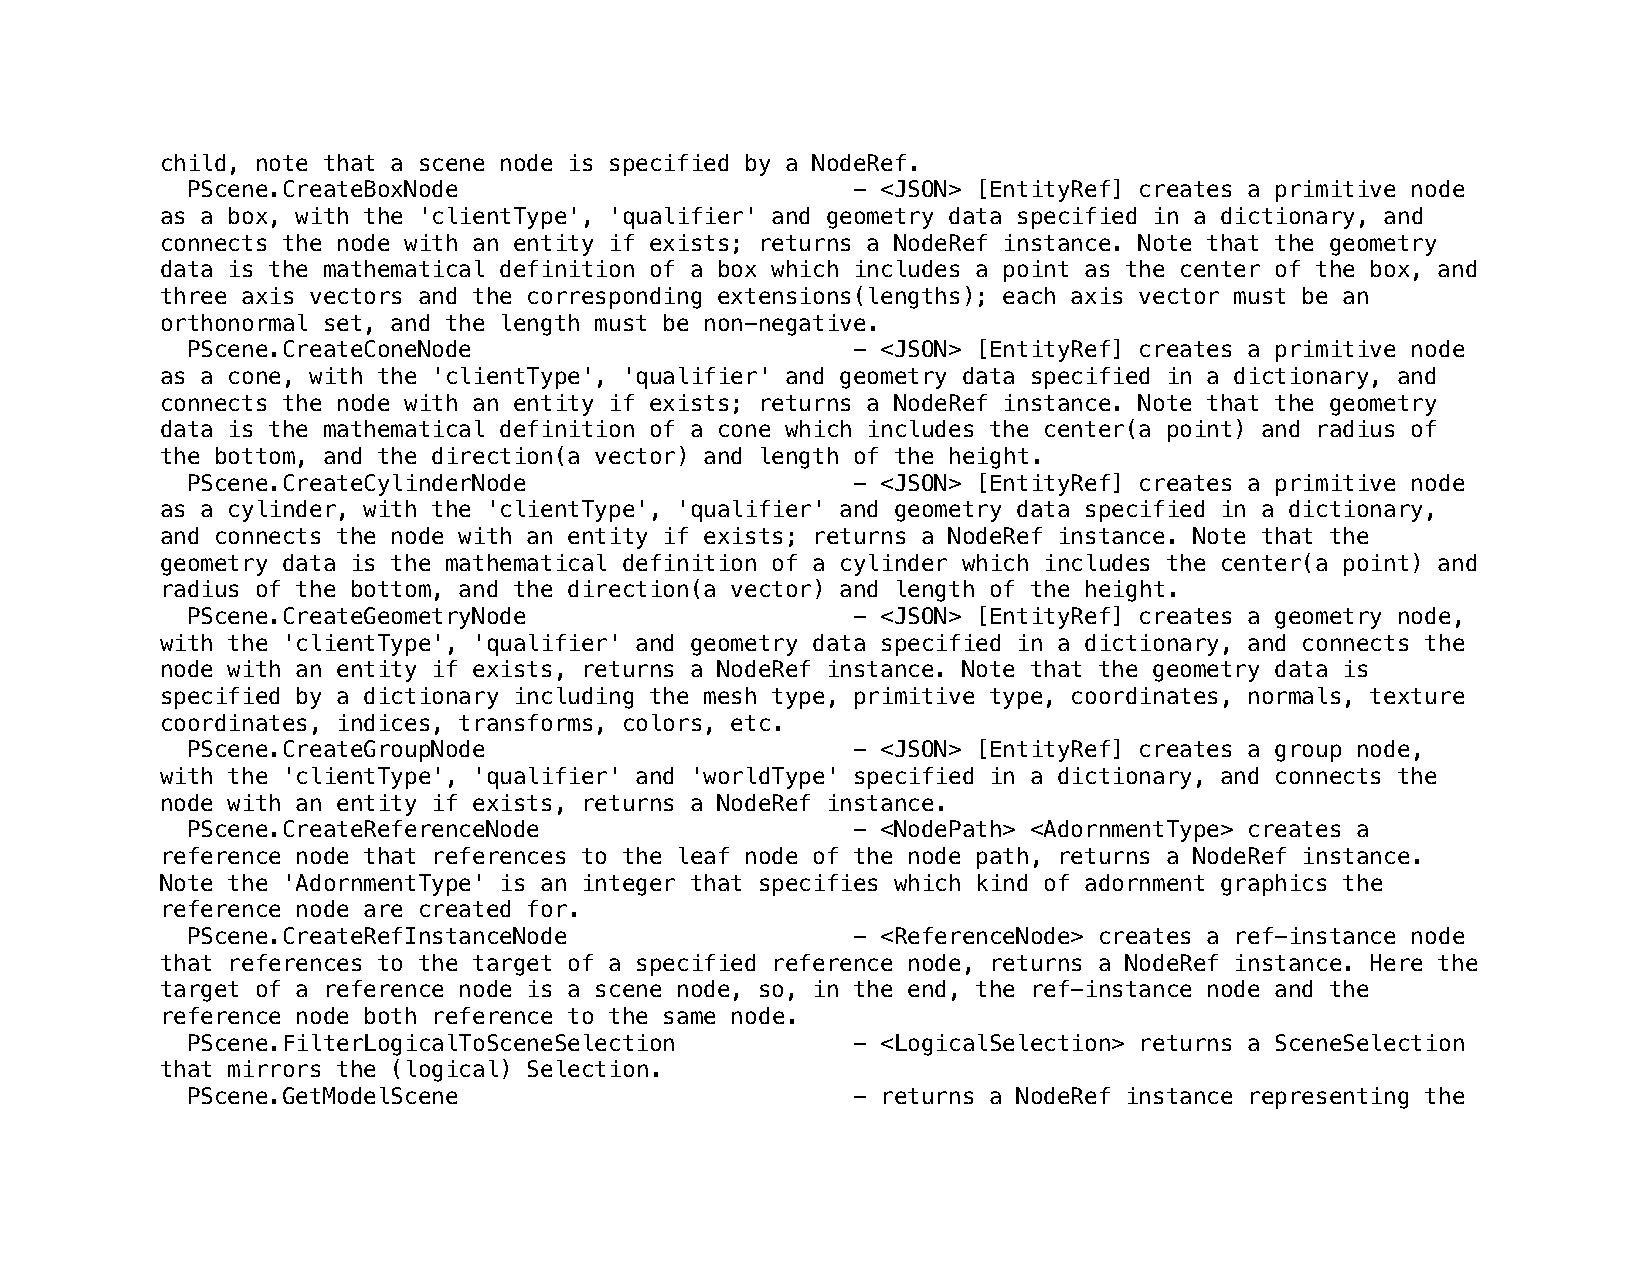
child, note that a scene node is specified by a NodeRef.
 PScene.CreateBoxNode                        - <JSON> [EntityRef] creates a primitive node
 as a box, with the 'clientType', 'qualifier' and geometry data specified in a dictionary, and
 connects the node with an entity if exists; returns a NodeRef instance. Note that the geometry
 data is the mathematical definition of a box which includes a point as the center of the box, and
 three axis vectors and the corresponding extensions(lengths); each axis vector must be an
 orthonormal set, and the length must be non-negative.
 PScene.CreateConeNode                       - <JSON> [EntityRef] creates a primitive node
 as a cone, with the 'clientType', 'qualifier' and geometry data specified in a dictionary, and
 connects the node with an entity if exists; returns a NodeRef instance. Note that the geometry
 data is the mathematical definition of a cone which includes the center(a point) and radius of
 the bottom, and the direction(a vector) and length of the height.
 PScene.CreateCylinderNode                   - <JSON> [EntityRef] creates a primitive node
 as a cylinder, with the 'clientType', 'qualifier' and geometry data specified in a dictionary,
 and connects the node with an entity if exists; returns a NodeRef instance. Note that the
 geometry data is the mathematical definition of a cylinder which includes the center(a point) and
 radius of the bottom, and the direction(a vector) and length of the height.
 PScene.CreateGeometryNode                   - <JSON> [EntityRef] creates a geometry node,
 with the 'clientType', 'qualifier' and geometry data specified in a dictionary, and connects the
 node with an entity if exists, returns a NodeRef instance. Note that the geometry data is
 specified by a dictionary including the mesh type, primitive type, coordinates, normals, texture
 coordinates, indices, transforms, colors, etc.
 PScene.CreateGroupNode                      - <JSON> [EntityRef] creates a group node,
 with the 'clientType', 'qualifier' and 'worldType' specified in a dictionary, and connects the
 node with an entity if exists, returns a NodeRef instance.
 PScene.CreateReferenceNode                  - <NodePath> <AdornmentType> creates a
 reference node that references to the leaf node of the node path, returns a NodeRef instance.
 Note the 'AdornmentType' is an integer that specifies which kind of adornment graphics the
 reference node are created for.
 PScene.CreateRefInstanceNode                - <ReferenceNode> creates a ref-instance node
 that references to the target of a specified reference node, returns a NodeRef instance. Here the
 target of a reference node is a scene node, so, in the end, the ref-instance node and the
 reference node both reference to the same node.
 PScene.FilterLogicalToSceneSelection        - <LogicalSelection> returns a SceneSelection
 that mirrors the (logical) Selection.
 PScene.GetModelScene                        - returns a NodeRef instance representing the